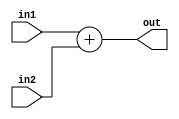
module Increment(
	input [31:0] in1,
	input [31:0] in2,
	output [31:0] out
   );

	assign out = in1 + in2;

endmodule